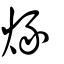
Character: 烼